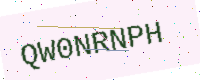
Text: QW0NRNPH